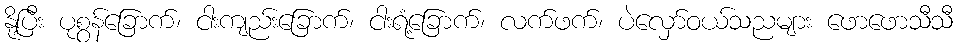
နို့ပြီး ပုစွန်ခြောက်၊ ငါးကျည်းခြောက်၊ ငါးရံ့ခြောက်၊ လက်ဖက်၊ ပဲလှော်ဝယ်သညများ ဖောဖောသီသီ